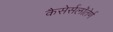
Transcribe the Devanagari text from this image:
कैसेर्सलॉतेर्ण